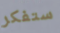
ستفكر